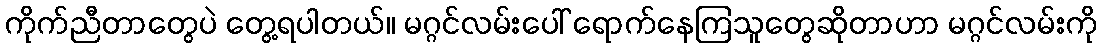
ကိုက်ညီတာတွေပဲ တွေ့ရပါတယ်။ မဂ္ဂင်လမ်းပေါ် ရောက်နေကြသူတွေဆိုတာဟာ မဂ္ဂင်လမ်းကို